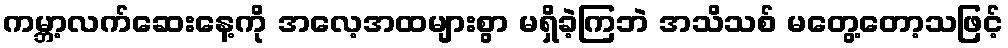
ကမ္ဘာ့လက်ဆေးနေ့ကို အလေ့အထများစွာ မရှိခဲ့ကြဘဲ အသိသစ် မတွေ့တော့သဖြင့်